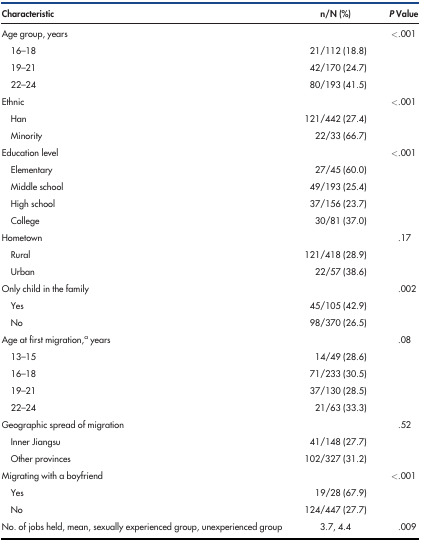
| Characteristic | n/N (%) | P Value |
 | --- | --- | --- |
 | Age group, years |  | <.001 |
 | 16–18 | 21/112 (18.8) |  |
 | 19–21 | 42/170 (24.7) |  |
 | 22–24 | 80/193 (41.5) |  |
 | Ethnic |  | <.001 |
 | Han | 121/442 (27.4) |  |
 | Minority | 22/33 (66.7) |  |
 | Education level |  | <.001 |
 | Elementary | 27/45 (60.0) |  |
 | Middle school | 49/193 (25.4) |  |
 | High school | 37/156 (23.7) |  |
 | College | 30/81 (37.0) |  |
 | Hometown |  | .17 |
 | Rural | 121/418 (28.9) |  |
 | Urban | 22/57 (38.6) |  |
 | Only child in the family |  | .002 |
 | Yes | 45/105 (42.9) |  |
 | No | 98/370 (26.5) |  |
 | Age at first migration,a years |  | .08 |
 | 13–15 | 14/49 (28.6) |  |
 | 16–18 | 71/233 (30.5) |  |
 | 19–21 | 37/130 (28.5) |  |
 | 22–24 | 21/63 (33.3) |  |
 | Geographic spread of migration |  | .52 |
 | Inner Jiangsu | 41/148 (27.7) |  |
 | Other provinces | 102/327 (31.2) |  |
 | Migrating with a boyfriend |  | <.001 |
 | Yes | 19/28 (67.9) |  |
 | No | 124/447 (27.7) |  |
 | No. of jobs held, mean, sexually experienced group, unexperienced group | 3.7, 4.4 | .009 |